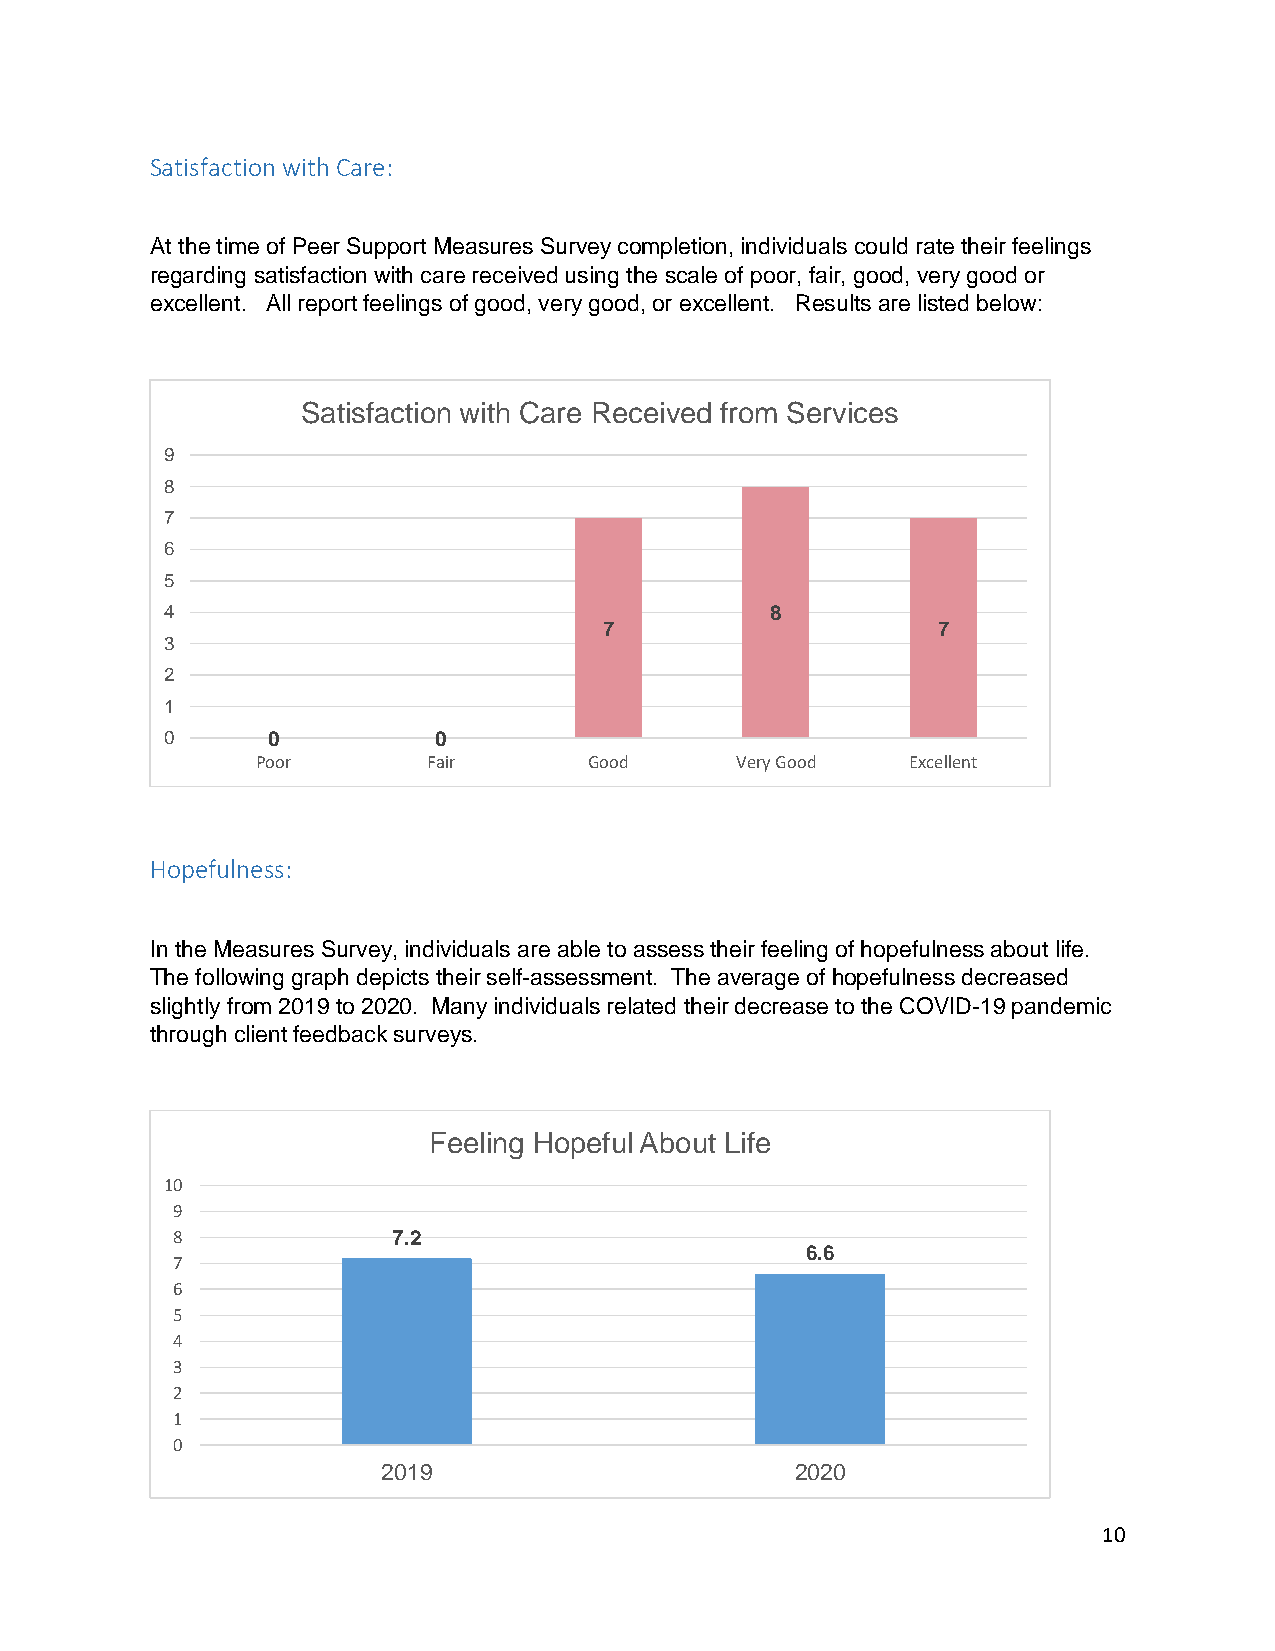
Satisfaction with Care:
 At the time of Peer Support Measures Survey completion, individuals could rate their feelings
 regarding satisfaction with care received using the scale of poor, fair, good, very good or
 excellent. All report feelings of good, very good, or excellent. Results are listed below:
 Satisfaction with Care Received from Services
 9
 8
 7
 6
 5
 4                                       8
 7                     7
 3
 2
 1
 0      0          0
 Poor       Fair       Good      Very Good  Excellent
 Hopefulness:
 In the Measures Survey, individuals are able to assess their feeling of hopefulness about life.
 The following graph depicts their self-assessment. The average of hopefulness decreased
 slightly from 2019 to 2020. Many individuals related their decrease to the COVID-19 pandemic
 through client feedback surveys.
 Feeling Hopeful About Life
 10
 9
 8              7.2
 6.6
 7
 6
 5
 4
 3
 2
 1
 0
 2019                        2020
 10